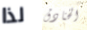
لذا الخنادق